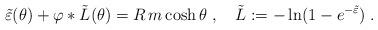
LaTeX: \begin{align*}\tilde{\varepsilon}(\theta )+\varphi \ast \tilde{L}(\theta )=R\,m\cosh\theta \;,\quad \tilde{L}:=-\ln (1-e^{-\tilde{\varepsilon}})\;.\end{align*}